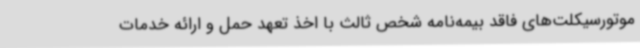
موتورسیکلت‌های فاقد بیمه‌نامه شخص ثالث با اخذ تعهد حمل و ارائه خدمات